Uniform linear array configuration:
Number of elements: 24
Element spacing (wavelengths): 0.75
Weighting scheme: cosine
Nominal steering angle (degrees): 60
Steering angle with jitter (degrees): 59.454
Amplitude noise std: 0.05
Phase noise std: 0.05

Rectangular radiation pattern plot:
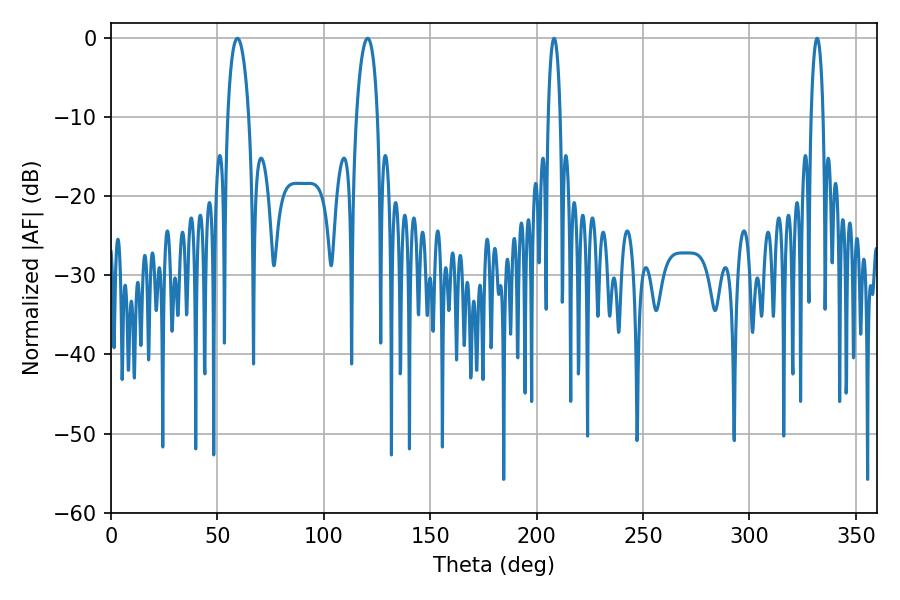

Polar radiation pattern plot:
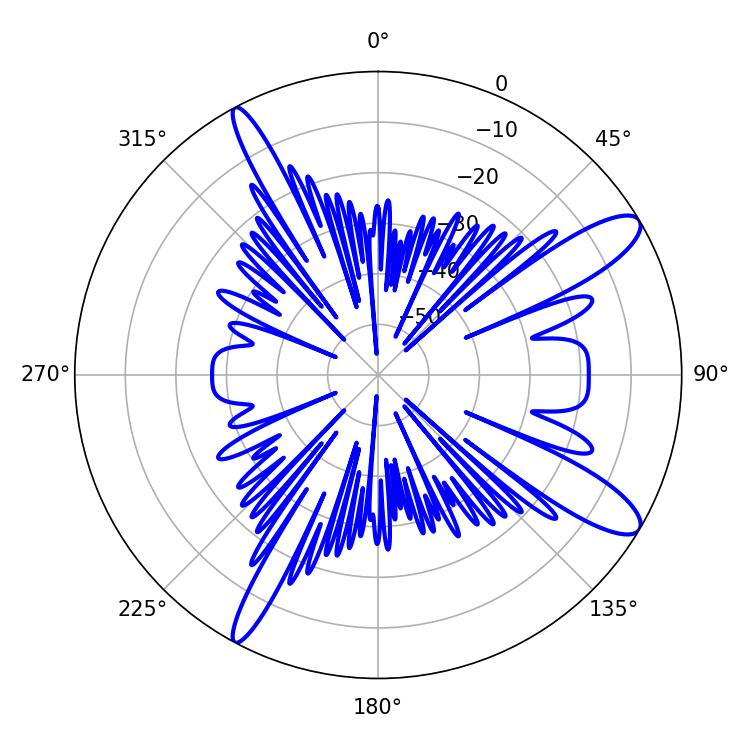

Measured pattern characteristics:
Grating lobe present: TRUE
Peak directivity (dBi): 11.822
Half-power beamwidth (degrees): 5.58
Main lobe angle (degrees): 59.4